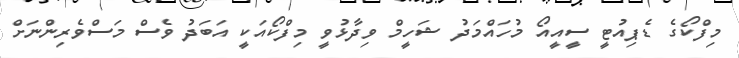
މިފްކޯގެ ޑެޕިއުޓީ ސީއީއޯ މުހައްމަދު ޝަހީމް ވިދާޅުވީ މިފްކޯއަކީ އަބަދު ވެސް މަސްވެރިންނަށް